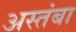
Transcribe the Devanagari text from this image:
अस्तंबा